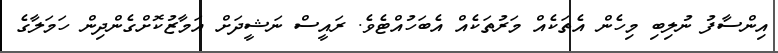
އިންސާފު ނުލިބި މިހެން އެތަކެއް މަރުތަކެއް އެބަހުއްޓެވެ. ރައީސް ނަޝީދަށް އަމާޒުކޮށްގެންދިން ހަމަލާގެ